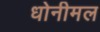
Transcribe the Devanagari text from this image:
धोनीमल